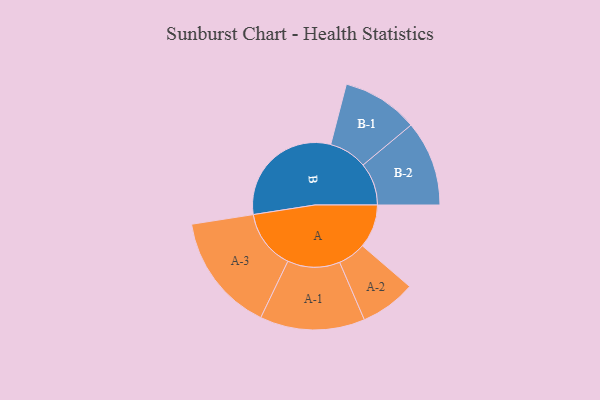
{"axis": {"x": "Segment", "y": "Value"}, "legend": ["", "A", "B"], "data": [{"x": "A", "y": 177, "type": ""}, {"x": "B", "y": 493, "type": ""}, {"x": "A-1", "y": 213, "type": "A"}, {"x": "A-2", "y": 113, "type": "A"}, {"x": "A-3", "y": 241, "type": "A"}, {"x": "B-1", "y": 155, "type": "B"}, {"x": "B-2", "y": 173, "type": "B"}]}